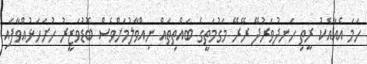
ހަމަ އެއާއެކު ރީތި ހަނދުވަރުދޭ ރޭރޭ މަގުމަތީގެ ބައްތިތައް ނިއްވާލުމަށްވެސް ބޮޑުވަޒީރު ހުށަހަޅުއްވާފައި